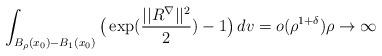
LaTeX: \begin{align*}\int_{B_\rho(x_0)-B_1(x_0)}\big (\exp(\frac{||R^\nabla ||^2}2) - 1\big )\, dv = o(\rho^{1 + \delta})\rho\rightarrow \infty\end{align*}